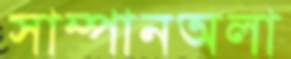
সাম্পানঅলা